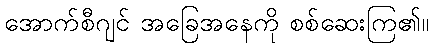
အောက်စီဂျင် အခြေအနေကို စစ်ဆေးကြ၏။